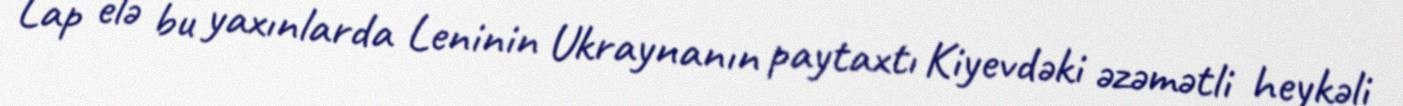
Lap elə bu yaxınlarda Leninin Ukraynanın paytaxtı Kiyevdəki əzəmətli heykəli